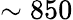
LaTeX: \sim 850